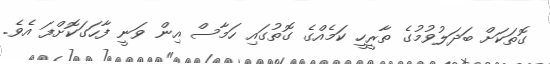
ގޮތަކަށް ބަދަލުވުމުގެ ތާރީހީ ކަމެއްގެ ގޮތުގައި ހަމާސް އިން ވަނީ ފާހަގަކޮށްފަ އެވެ.